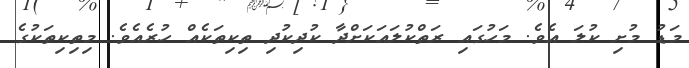
މަޑު މުށި ކުލަ އެވެ. މަހުގައި ރަތްކުލައަކަށްދާ ކުދިކުދި ތިކިތަކެއް ހުރެއެވެ. މިތިކިތަކުގެ